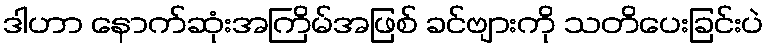
ဒါဟာ နောက်ဆုံးအကြိမ်အဖြစ် ခင်ဗျားကို သတိပေးခြင်းပဲ